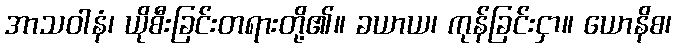
အာသဝါနံ၊ ယိုစီးခြင်းတရားတို့၏။ ခယာယ၊ ကုန်ခြင်းငှာ။ ယောနိစ၊